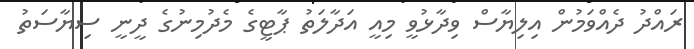
ރައްދު ދެއްވަމުން އިލިޔާސް ވިދާޅުވީ މިއީ އަދާލަތު ޕާޓީގެ މެދުމިނުގެ ދީނީ ސިޔާސަތު